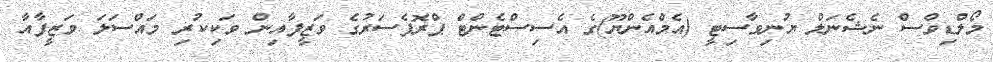
މޯލްޑިވްސް ނެޝެނަލް ޔުނިވާސިޓީ (އެމްއެންޔޫ)ގެ އެސިސްޓެންޓް ޕްރޮފެސަރުގެ ވަޒީފާއިން ވަކިކުރި މައްސަލަ ވަޒީފާއާ